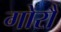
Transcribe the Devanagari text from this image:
गोरौ